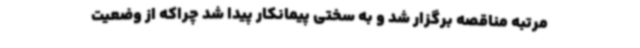
مرتبه مناقصه برگزار شد و به سختی پیمانکار پیدا شد چراکه از وضعیت